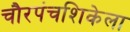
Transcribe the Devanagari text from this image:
चौरपंचशिकेला